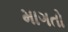
માગતો